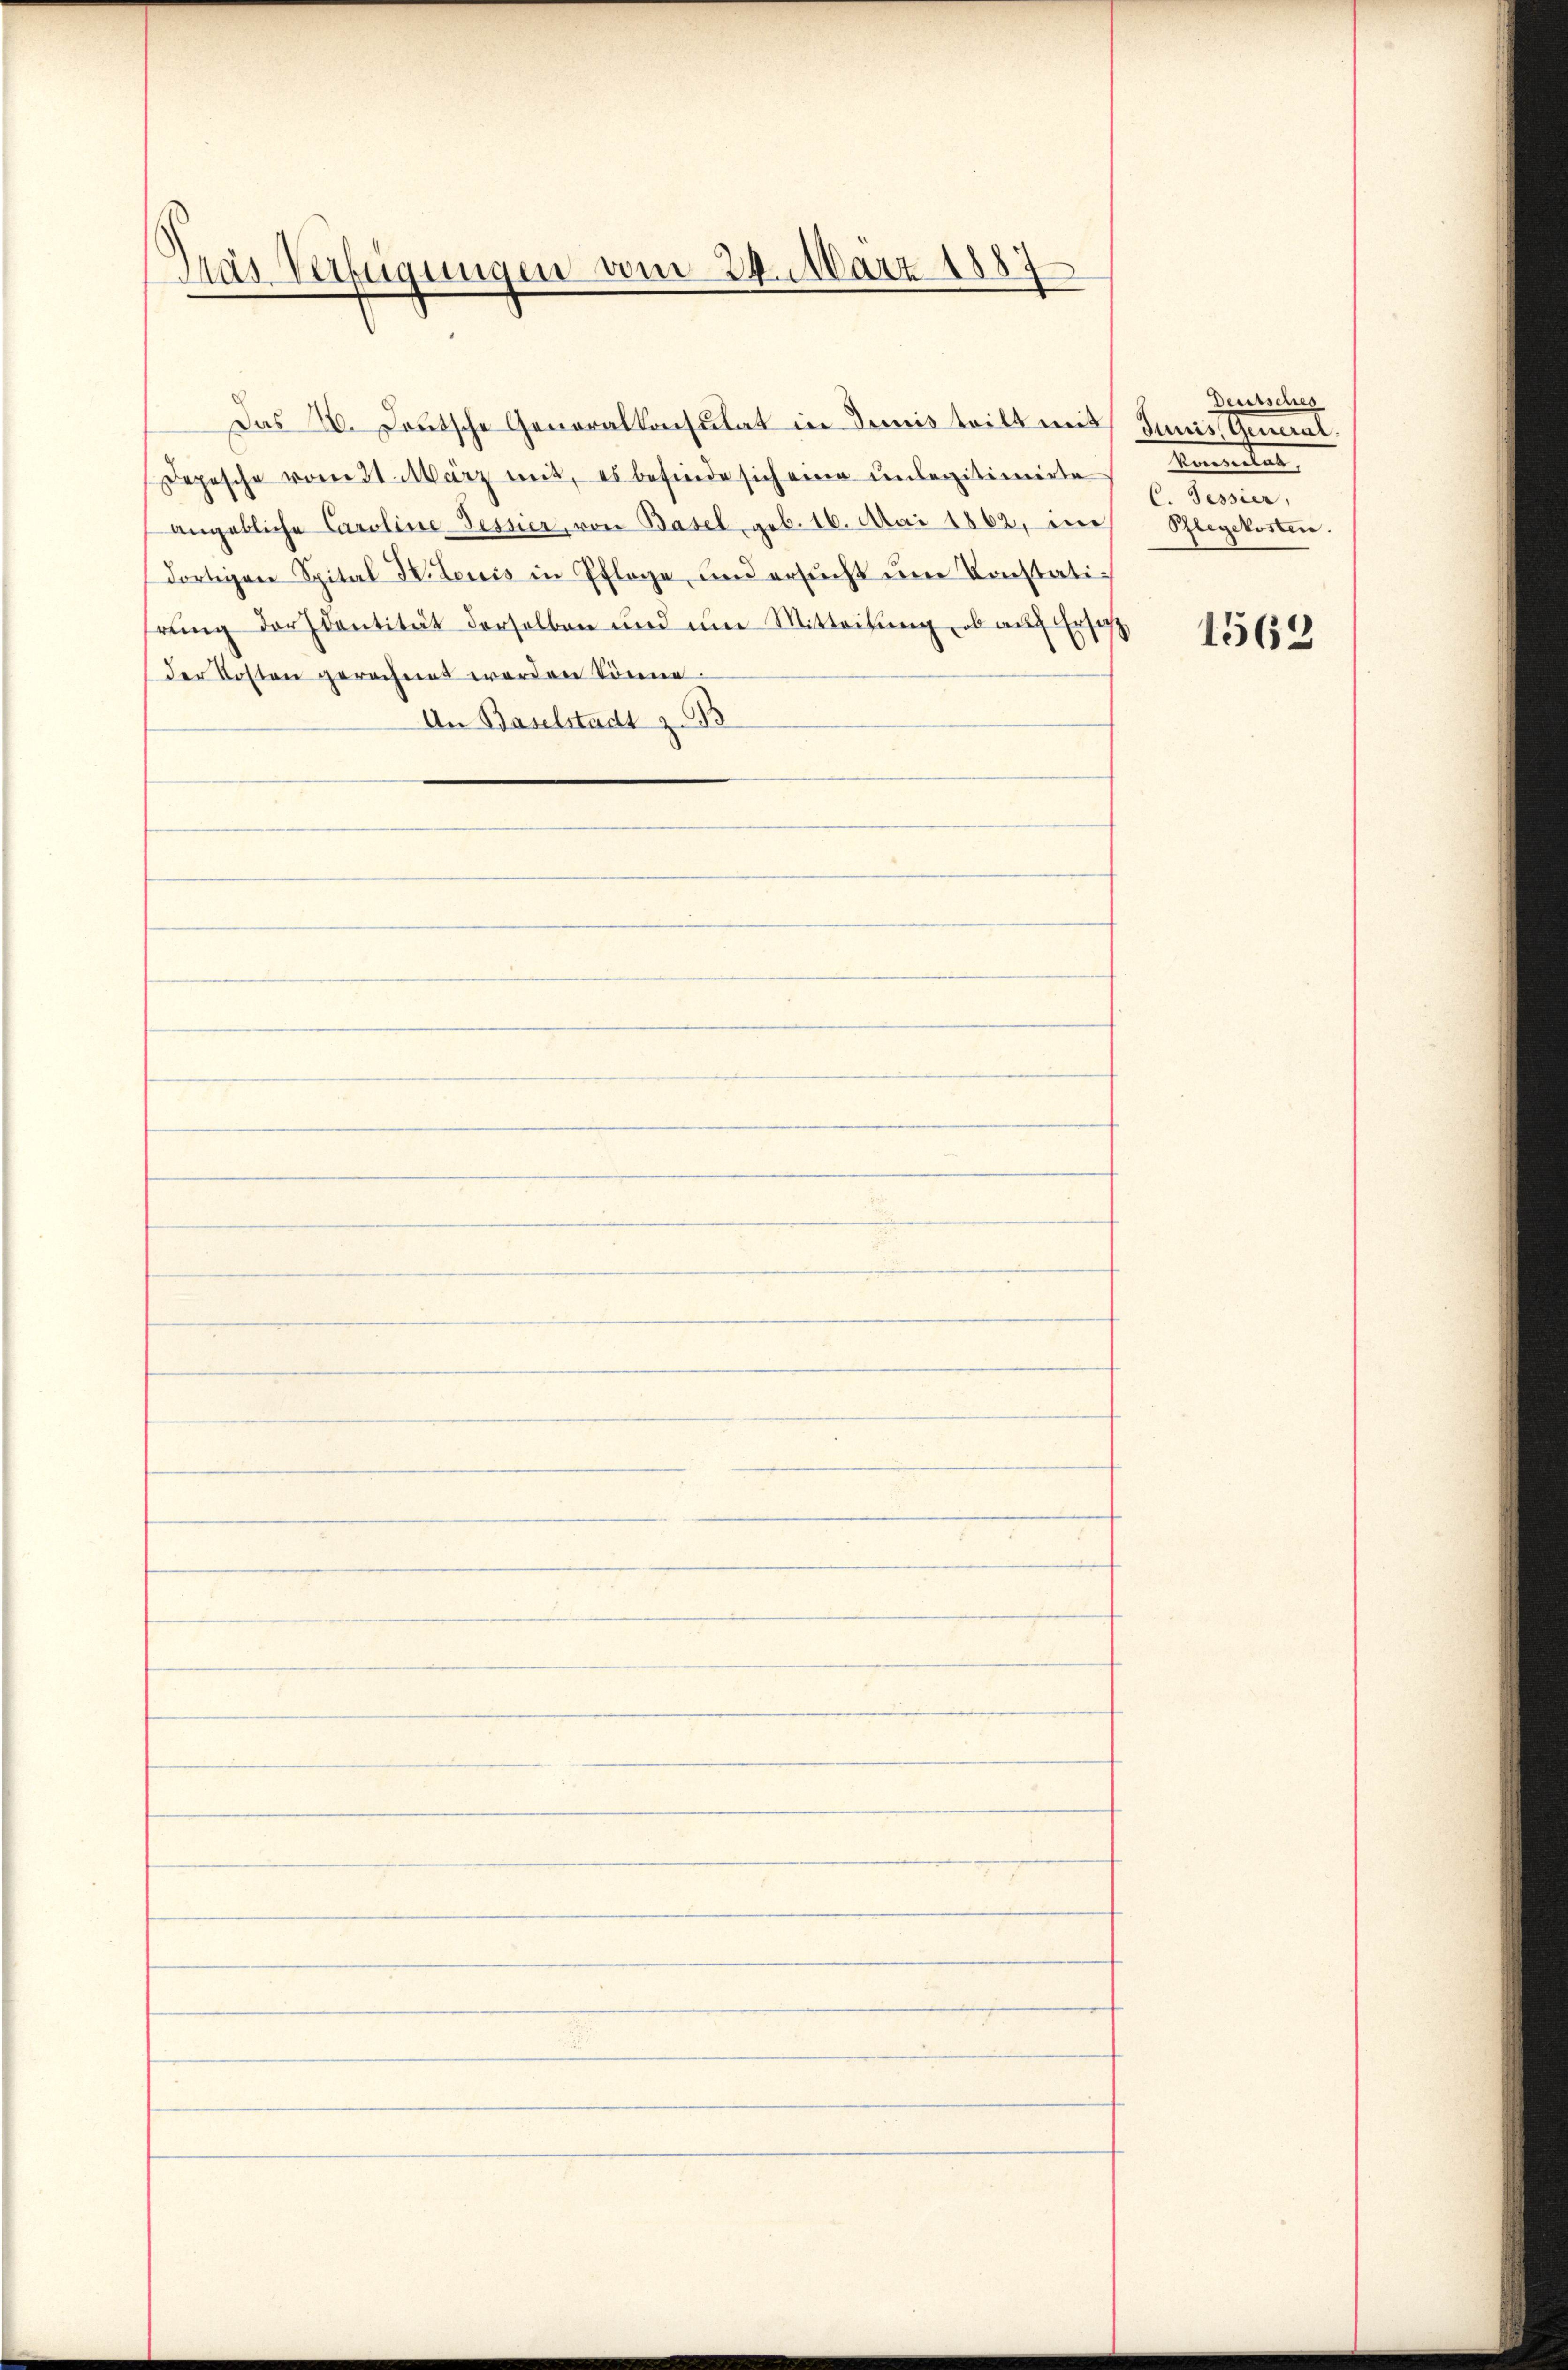
Mas Verfügungen vom 24. März 1887

angebliche Caroline Fesner, von Basel, geb. 16. Mai 1862, in
dortigen Spital S. tonis in Pflege, und ersŭcht ŭm Konstati
rung dersentität derselben und um Mitteilung, ob auf Ersuch
der Kosten gerechnet werden könne.
An Baselstadt z. B

Das 20. Deutsche Generalkonsulat in Dimis teilt mit
Depesche vom 31. März mit, es befinde sich eine unlegitimirte

Dreissenes
Junes Gemeint,
Emmenten
C. Tessier,
Rlegekosten.

1563